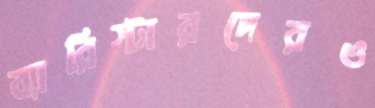
ব্যারিস্টারদেরও